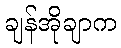
ချန်အိုချာက